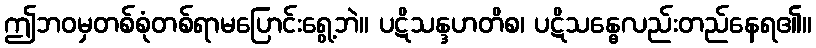
ဤဘဝမှတစ်စုံတစ်ရာမပြောင်းရွေ့ဘဲ။ ပဋိသန္ဒဟတိစ၊ ပဋိသန္ဓေလည်းတည်နေရ၏။